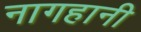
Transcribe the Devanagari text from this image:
नागहानी